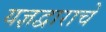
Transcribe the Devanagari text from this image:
यज्ञद्वाराचे